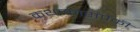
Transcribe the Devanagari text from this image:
कथाकारांपैकी